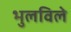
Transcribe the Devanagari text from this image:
भुलविले